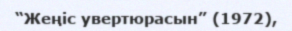
“Жеңіс увертюрасын” (1972),